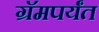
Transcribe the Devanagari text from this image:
ग्रॅमपर्यंत